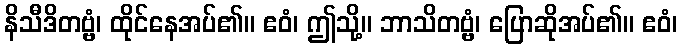
နိသီဒိတဗ္ဗံ၊ ထိုင်နေအပ်၏။ ဧဝံ၊ ဤသို့။ ဘာသိတဗ္ဗံ၊ ပြောဆိုအပ်၏။ ဧဝံ၊